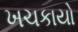
ખચકાયો